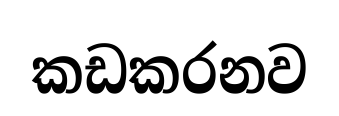
කඩකරනව